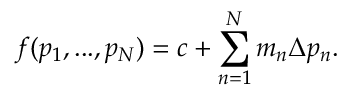
f ( p _ { 1 } , . . . , p _ { N } ) = c + \sum _ { n = 1 } ^ { N } m _ { n } \Delta p _ { n } .